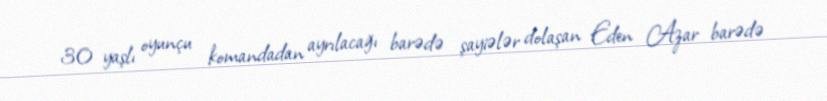
30 yaşlı oyunçu komandadan ayrılacağı barədə şayiələr dolaşan Eden Azar barədə